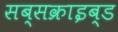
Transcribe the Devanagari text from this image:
सब्सक्राइब्ड